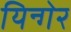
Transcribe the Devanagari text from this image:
यिन्गेर